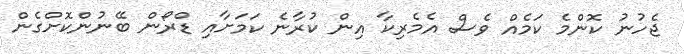
ޖެހުނު ކޮންމެ ކަމެއް ވެސް އެމެރިކާ އިން ކުރާނެ ކަމަށާއި ޑްރޯން ބޭނުންކޮށްގެން